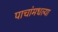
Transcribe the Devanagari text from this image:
पाचांमधल्या